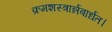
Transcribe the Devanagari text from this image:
क्रमशस्त्रार्न्नबार्धत।